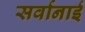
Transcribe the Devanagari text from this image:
सर्वानाई